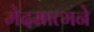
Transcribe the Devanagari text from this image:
मेदसात्मने